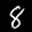
Label: 8